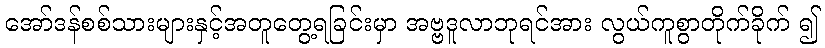
အော်ဒန်စစ်သားများနှင့်အတူတွေ့ရခြင်းမှာ အဗ္ဗဒူလာဘုရင်အား လွယ်ကူစွာတိုက်ခိုက် ၍